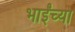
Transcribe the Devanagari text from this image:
भाईंच्या